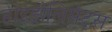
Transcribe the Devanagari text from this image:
हाइड्रोलिसेट्स